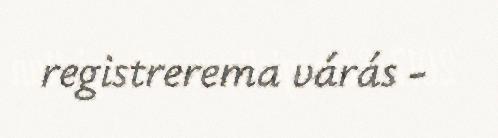
registrerema várás -